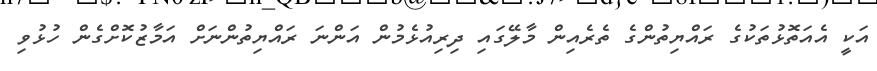
އަކީ އެއަތޮޅުތަކުގެ ރައްޔިތުންގެ ތެރެއިން މާލޭގައި ދިރިއުޅެމުން އަންނަ ރައްޔިތުންނަށް އަމާޒުކޮށްގެން ހުޅުވި